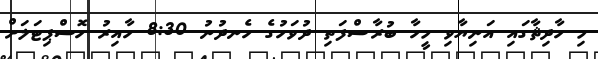
މި ހާދިޘާގައި އަނިޔާވި މީހާ ބުރާސްފަތި ދުވަހުގެ ހެނދުނު 8:30 ހާއިރު ހޮސްޕިޓަލަށް